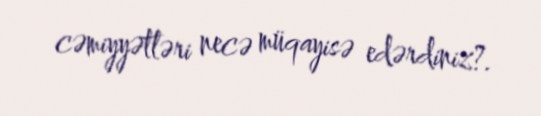
cəmiyyətləri necə müqayisə edərdiniz?.